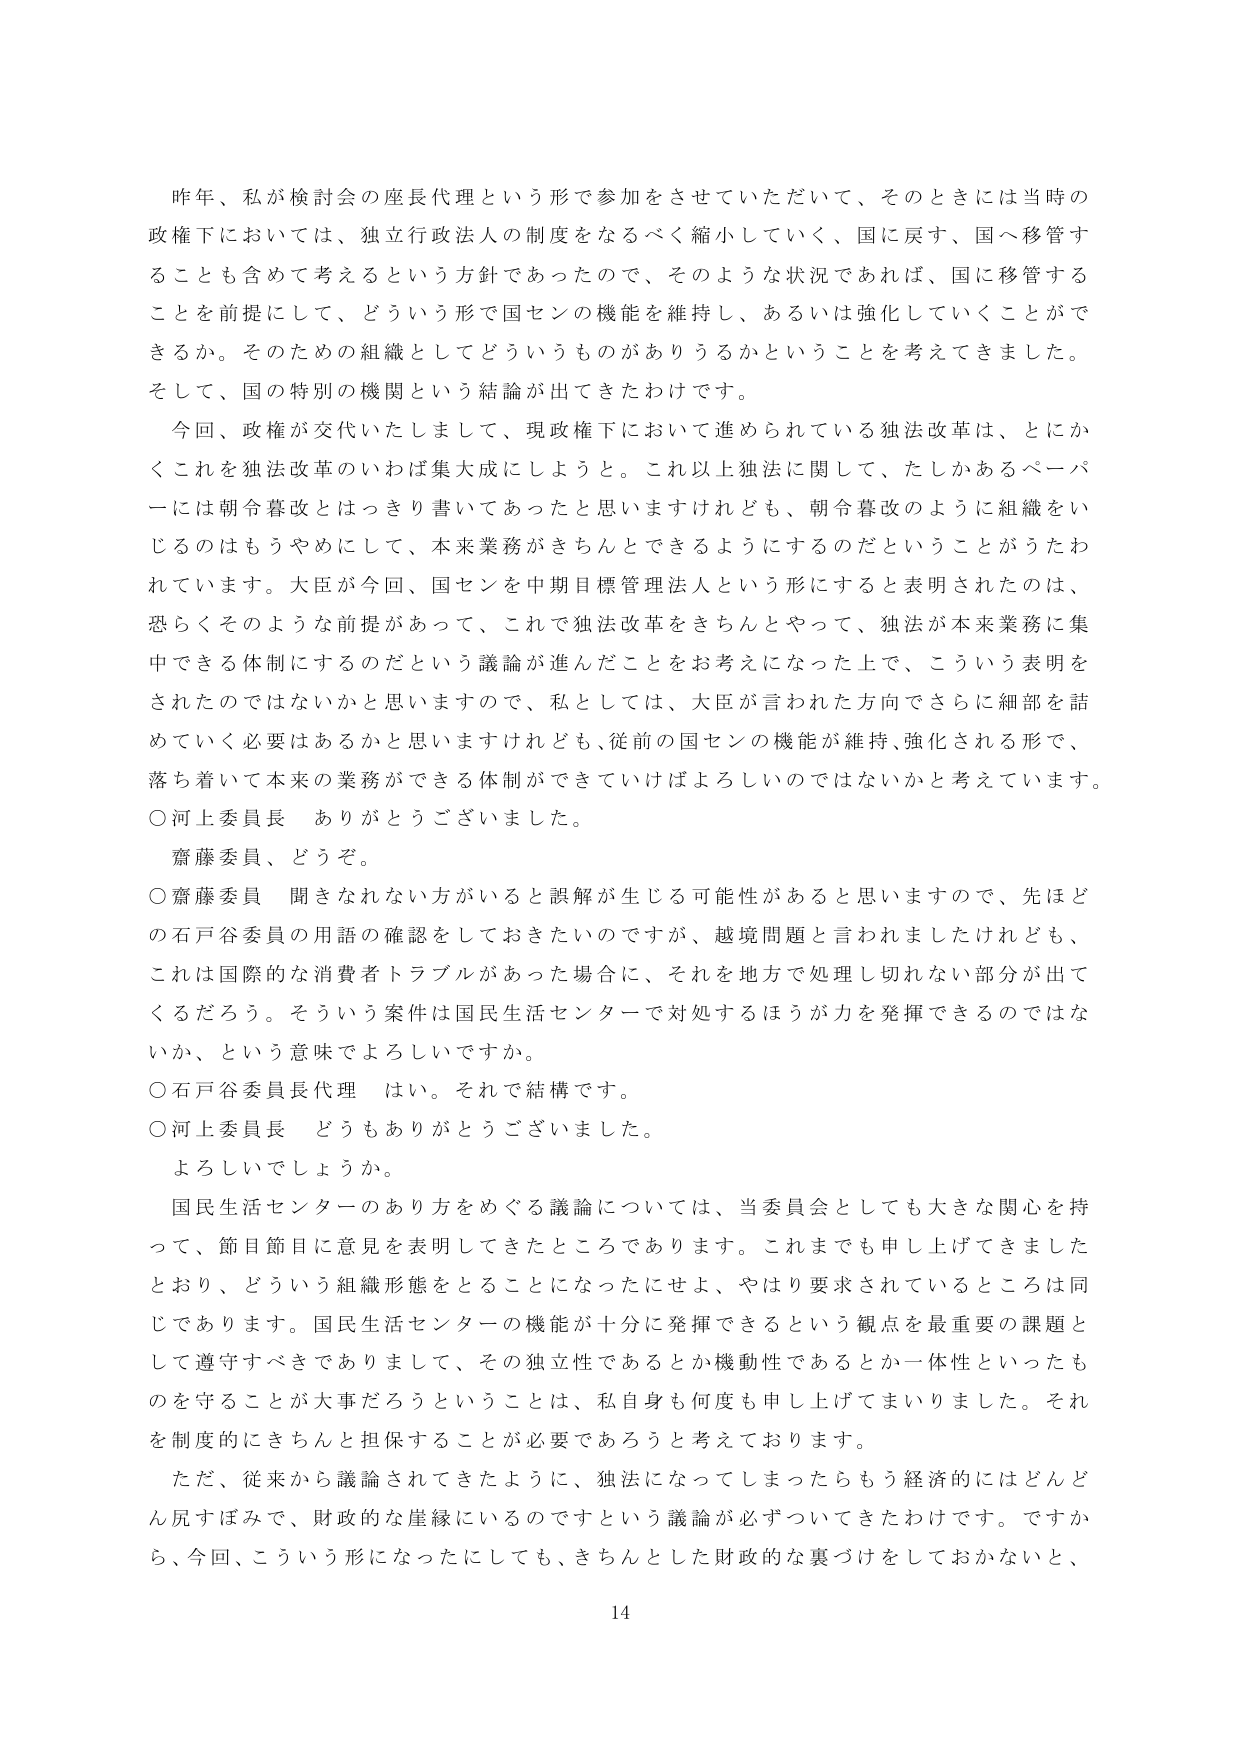
昨年、私が検討会の座長代理という形で参加をさせていただいて、そのときには当時の政権下においては、独立行政法人の制度をなるべく縮小していく、国に戻す、国へ移管することも含めて考えるという方針であったので、そのような状況であれば、国に移管することを前提にして、どういう形で国センの機能を維持し、あるいは強化していくことができるか。そのための組織としてどういうものがありうるかということを考えてきました。そして、国の特別の機関という結論が出てきたわけです。

今回、政権が交代いたしまして、現政権下において進められている独法改革は、とにかくこれを独法改革のいわば集大成にしようとする。これ以上独法に関して、たしかあるペーパーには朝令暮改とはっきり書いてあったと思いますけれども、朝令暮改のように組織をいじるのはもうやめにして、本来業務がきちんとできるようにするのだということがうたわれています。大臣が今回、国センを中期目標管理法人という形にすると言明されたのは、恐らくそのような前提があって、これで独法改革をきちんとやって、独法が本来業務に集中できる体制にするのだという議論が進んだことをお考えになった上で、こういう表明をされたのではないかと思いますので、私としては、大臣が言われた方向でさらに細部を詰めていく必要はあるかと思いますけれども、従前の国センの機能が維持、強化される形で、落ち着いて本来の業務ができる体制ができていけばよろしいのではないかと考えています。

○河上委員長　ありがとうございました。

齋藤委員、どうぞ。

○齋藤委員　聞ききれない方がいると誤解が生じる可能性があると思いますので、先ほどどの石戸谷委員の用語の確認をしておきたいのですが、越境問題と言われましたけれども、これは国際的な消費者トラブルがあった場合に、それを地方で処理し切れない部分が出てくるだろう。そういう案件は国民生活センターで対処するほうが力を発揮できるのではないか、という意味でよろしいですか。

○石戸谷委員長代理　はい。それで結構です。

○河上委員長　どうもありがとうございました。

よろしいでしょうか。

国民生活センターのあり方をめぐる議論については、当委員会としても大きな関心を持って、節目節目に意見を表明してきたところであります。これまでも申し上げてきましたとおり、どういう組織形態をとることになったにせよ、やはり要求されているところは同じであります。国民生活センターの機能が十分に発揮できるという観点を最重要の課題として遵守すべきでありまして、その独立性であるとか機動性であるとか一体性といったものを守ることが大事だろうということは、私自身も何度も申し上げてまいりました。それを制度的にきちんと担保することが必要であろうと考えております。

ただ、従来から議論されてきたように、独法になってしまったらもう経済的にはどんどん尻すぼみで、財政的な崖縁にいるのですという議論が必ずついてきたわけです。ですから、今回、こういう形になったにしても、きちんとした財政的な裏づけをしておかないと、

14